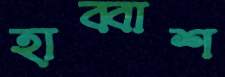
হাব্বাশ